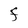
Character: F